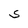
Character: S